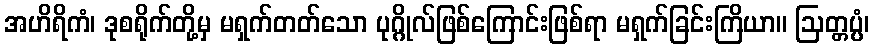
အဟိရိကံ၊ ဒုစရိုက်တို့မှ မရှက်တတ်သော ပုဂ္ဂိုလ်ဖြစ်ကြောင်းဖြစ်ရာ မရှက်ခြင်းကြိယာ။ ဩတ္တပ္ပံ၊